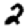
Digit: 2